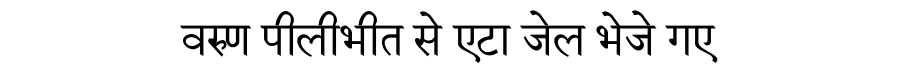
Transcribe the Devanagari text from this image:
वरुण पीलीभीत से एटा जेल भेजे गए